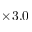
\times 3 . 0